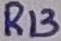
Text: R13